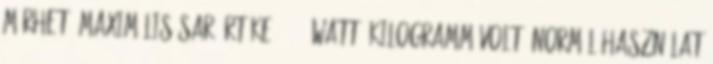
mérhető maximális SAR értéke 0,659 watt kilogramm volt. Normál használat